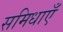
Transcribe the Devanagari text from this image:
समिधाएँ